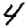
Digit: 4